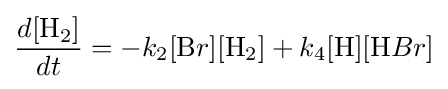
{\frac {d[{\ce {H}}_{2}]}{dt}}=-k_{2}[{\ce {B}}r][{\ce {H}}_{2}]+k_{4}[{\ce {H}}][{\ce {H}}Br]